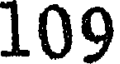
109